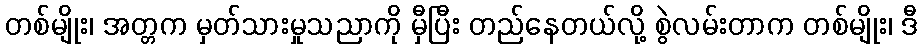
တစ်မျိုး၊ အတ္တက မှတ်သားမှုသညာကို မှီပြီး တည်နေတယ်လို့ စွဲလမ်းတာက တစ်မျိုး၊ ဒီ